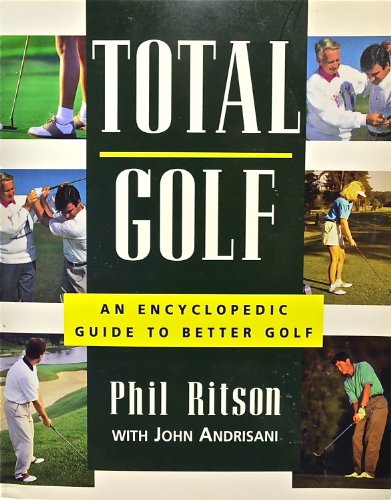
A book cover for Total Golf: An Encyclopedic Guide; Phil Ritson; Sports & Outdoors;